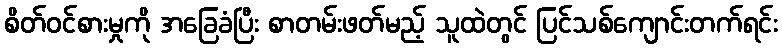
စိတ်ဝင်စားမှုကို အခြေခံပြီး စာတမ်းဖတ်မည့် သူထဲတွင် ပြင်သစ်ကျောင်းတက်ရင်း